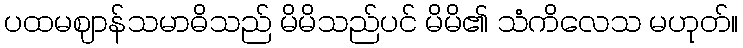
ပထမဈာန်သမာဓိသည် မိမိသည်ပင် မိမိ၏ သံကိလေသ မဟုတ်။